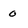
Character: 0